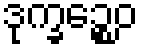
ဒုက္ခဉ္စေဝ